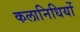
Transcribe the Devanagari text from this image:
कलानिधियों